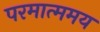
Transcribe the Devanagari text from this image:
परमात्ममय